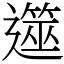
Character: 遾